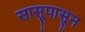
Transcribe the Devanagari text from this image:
सासूपासून